Investigations into the jail dietaries of the United Provinces with some observations on the influence of dietary on the physical development and well-being of the people of the United Provinces - Number 48
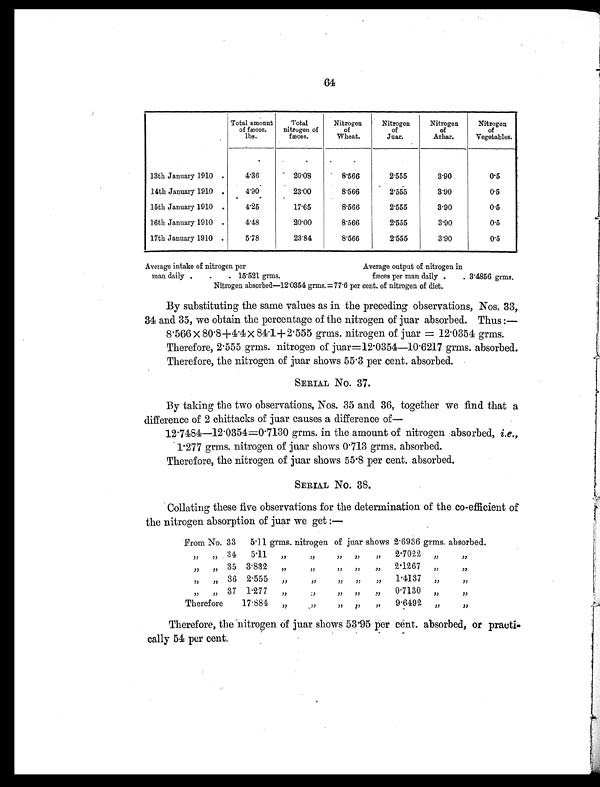
64
Total amount
of fæces.
lbs.
Total
nitrogen of
fæces.
Nitrogen
of
Wheat.
Nitrogen
of
Juar.
Nitrogen
of
Arhar.
Nitrogen
of
Vegetables.
13th January 1910 .
4.36
20.08
8.566
2.555
3.90
0.5
14th January 1910 .
4.90
23.00
8.566
2.555
3.90
0.5
15th January 1910 .
4.25
17.65
8.566
2.555
3.90
0.5
16th January 1910 .
4.48
20.00
8.566
2.555
3.90
0.5
17th January 1910 .
5.78
23.84
8.566
2.555
3.90
0.5
Average intake of nitrogen per
Average output of nitrogen in
man daily .
.
. 15.521 grms.
fæces per man daily .
. 3.4856 grms.
Nitrogen absorbed—12.0354 grms.=77.6 per cent. of nitrogen of diet.
By substituting the same values as in the preceding observations, Nos. 33,
34 and 35, we obtain the percentage of the nitrogen of juar absorbed. Thus :
— 8.566 × 80.8+4.4 × 84.1+2.555 grms. nitrogen of juar = 12.0354 grms.
Therefore, 2.555 grms. nitrogen of juar=12.0354—10.6217 grms. absorbed.
Therefore, the nitrogen of juar shows 55.3 per cent. absorbed.
SERIAL No. 37.
By taking the two observations, Nos. 35 and 36, together we find that a
difference of 2 chittacks of juar causes a difference of
— 12.7484—12.0354=0.7130 grms. in the amount of nitrogen absorbed, i.e.,
1.277 grms. nitrogen of juar shows 0.713 grms. absorbed.
Therefore, the nitrogen of juar shows 55.8 per cent. absorbed.
SERIAL No. 38.
Collating these five observations for the determination of the co-efficient of
the nitrogen absorption of juar we get :—
From No. 33
5 . 11 grms. nitrogen of juar shows 2 . 6936 grms. absorbed.
„
„ 34
5.11
„
„
„
„
„ 2.7022
„
„
„
„ 35 3 . 832
„
„
„
„
„ 2. 1267
„
„
„
„ 36 2 .555
„
„ „
„
„
1 .4137 „
„
„
„ 37 1 .277 „
„ „ „
„ 0 . 7130 „
„
Therefore
17.884
„
„
„
„
„ 9 . 6492
„
„
Therefore, the nitrogen of juar shows 53.95 per cent. absorbed, or practi-
cally 54 per cent.